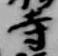
寺